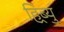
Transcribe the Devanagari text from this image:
हिब्र्यु